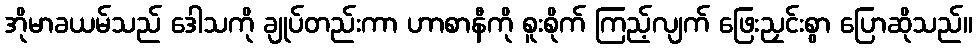
အိုမာခယမ်သည် ဒေါသကို ချုပ်တည်းကာ ဟာစာနီကို စူးစိုက် ကြည့်လျက် ဖြေးညှင်းစွာ ပြောဆိုသည်။